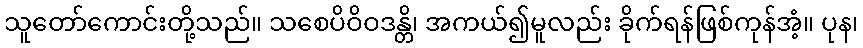
သူတော်ကောင်းတို့သည်။ သစေပိဝိဝဒန္တိ၊ အကယ်၍မူလည်း ခိုက်ရန်ဖြစ်ကုန်အံ့။ ပုန၊